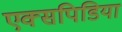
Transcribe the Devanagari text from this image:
एक्सपिडिया